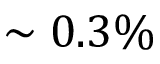
\sim 0 . 3 \%